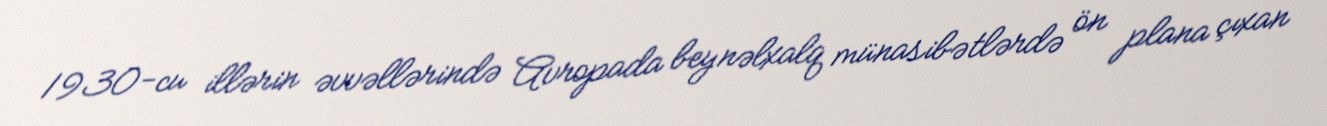
1930-cu illərin əvvəllərində Avropada beynəlxalq münasibətlərdə ön plana çıxan